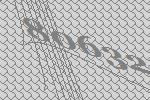
80632